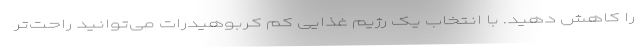
را کاهش دهید. با انتخاب یک رژیم غذایی کم کربوهیدرات‌ می‌توانید راحت‌تر